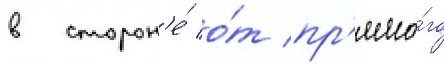
в сторон'е́ о́т пр'ямо́го